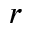
r